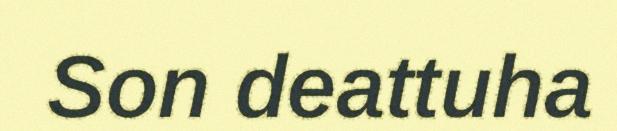
Son deattuha